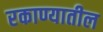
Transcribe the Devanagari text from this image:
रकाण्यातील